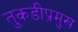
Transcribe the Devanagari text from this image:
तुकडीप्रमुख